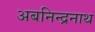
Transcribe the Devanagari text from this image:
अबनिन्द्रनाथ